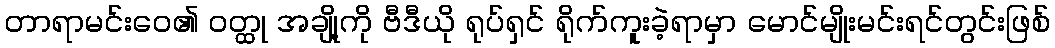
တာရာမင်းဝေ၏ ဝတ္ထု အချို့ကို ဗီဒီယို ရုပ်ရှင် ရိုက်ကူးခဲ့ရာမှာ မောင်မျိုးမင်းရင်တွင်းဖြစ်